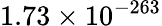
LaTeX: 1.73\times 10^{-263}